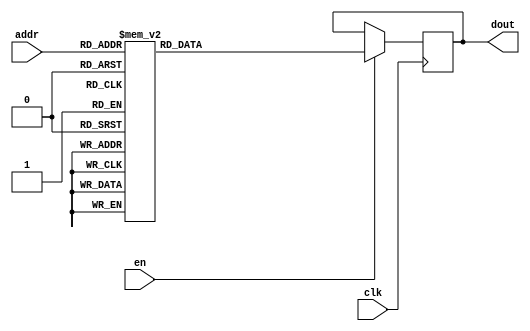
`timescale 1ns / 1ps
/*
Copyright
All right reserved.
Module Name: rom_syn
Author  : Zichuan Liu, Yixing Li and Wenye Liu.
Description:
A synthesized ROM: ROM_DEP x ROM_WID
*/
module DC_9_REF_ROM_1(
// inputs
clk,
en,
addr,
// outputs
dout
);
localparam ROM_WID = 11;
localparam ROM_DEP = 32;
localparam ROM_ADDR = 5;
// input definition
input clk;
input en;
input [ROM_ADDR-1:0] addr;
// output definition
output [ROM_WID-1:0] dout;
reg [ROM_WID-1:0] data;
always @(posedge clk)
begin
if (en) begin
case(addr)
		5'd0: data <= 11'b00110111001;
		5'd1: data <= 11'b01000101111;
		5'd2: data <= 11'b01000110001;
		5'd3: data <= 11'b00111010101;
		5'd4: data <= 11'b01000011010;
		5'd5: data <= 11'b11001111100;
		5'd6: data <= 11'b01000010101;
		5'd7: data <= 11'b00111001010;
		5'd8: data <= 11'b01000011010;
		5'd9: data <= 11'b00011000011;
		5'd10: data <= 11'b00111101100;
		5'd11: data <= 11'b00111010110;
		5'd12: data <= 11'b01111111111;
		5'd13: data <= 11'b00001000111;
		5'd14: data <= 11'b01000111010;
		5'd15: data <= 11'b00111100100;
		5'd16: data <= 11'b00111011100;
		5'd17: data <= 11'b01000101000;
		5'd18: data <= 11'b01001011001;
		5'd19: data <= 11'b01000100111;
		5'd20: data <= 11'b01111111111;
		5'd21: data <= 11'b00111111000;
		5'd22: data <= 11'b00111011111;
		5'd23: data <= 11'b01000011100;
		5'd24: data <= 11'b00010011101;
		5'd25: data <= 11'b01000000010;
		5'd26: data <= 11'b00110110000;
		5'd27: data <= 11'b01000101110;
		5'd28: data <= 11'b00111011000;
		5'd29: data <= 11'b00111010000;
		5'd30: data <= 11'b01000001110;
		5'd31: data <= 11'b01000110100;
		endcase
		end
	end
	assign dout = data;
endmodule